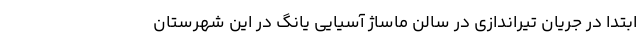
ابتدا در جریان تیراندازی در سالن ماساژ آسیایی یانگ در این شهرستان